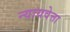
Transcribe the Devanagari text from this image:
न्यायवेत्ता